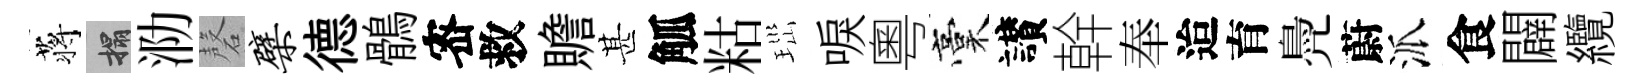
蒋搨泐磬檗德鶻宻救贍甚觚䊀𤤼唳粵稾讃幹奉迨育鳧蔚派食闢纜